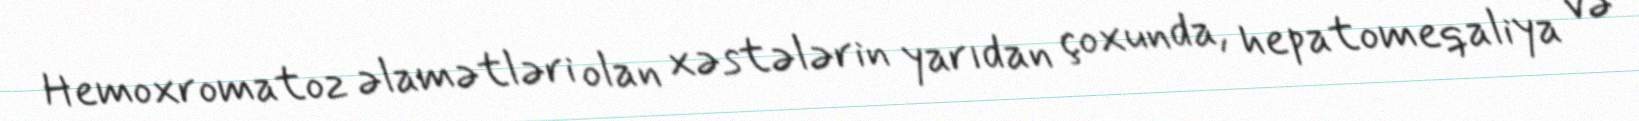
Hemoxromatoz əlamətləri olan xəstələrin yarıdan çoxunda, hepatomeqaliya və